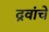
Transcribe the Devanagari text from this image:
द्रवांचे